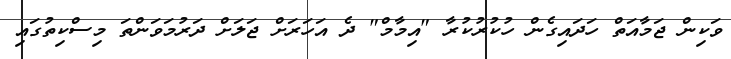
ވަކިން ޖަމާއަތް ހަދައިގެން ހުކުރުކުރާ "އިމާމް" ދެ އަހަރަށް ޖަލަށް ދަރުމަވަންތަ މިސްކިތުގައި